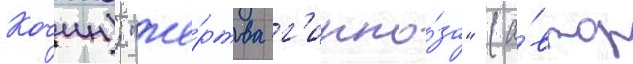
Кочин); "же́ртва г'ипно́за" (а́втор